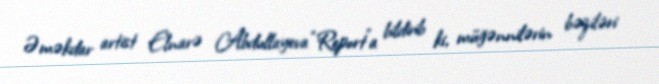
Əməkdar artist Elnarə Abdullayeva “Report”a bildirib ki, müğənnilərin bəziləri